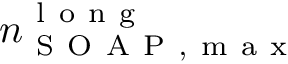
n _ { \mathrm { ~ S ~ O ~ A ~ P ~ , ~ m ~ a ~ x ~ } } ^ { \mathrm { ~ l ~ o ~ n ~ g ~ } }